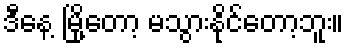
ဒီနေ့ မြို့တော့ မသွားနိုင်တော့ဘူး။